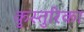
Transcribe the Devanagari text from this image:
कुस्तुरिका